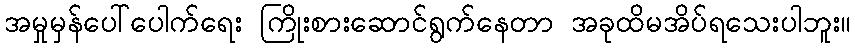
အမှုမှန်ပေါ်ပေါက်ရေး ကြိုးစားဆောင်ရွက်နေတာ အခုထိမအိပ်ရသေးပါဘူး။